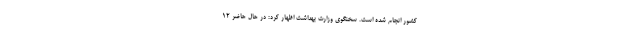
کشور انجام شده است. سخنگوی وزارت بهداشت اظهار کرد: در حال حاضر ۱۲